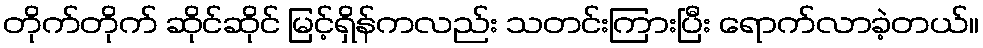
တိုက်တိုက် ဆိုင်ဆိုင် မြင့်ရှိန်ကလည်း သတင်းကြားပြီး ရောက်လာခဲ့တယ်။